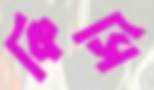
কিসি